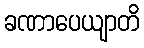
ခဏာပေယျာတိ